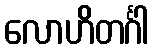
လောဟိတင်္ဂါ